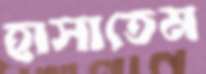
হাসাতেম